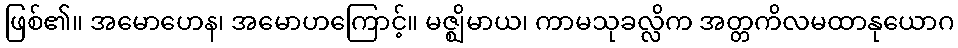
ဖြစ်၏။ အမောဟေန၊ အမောဟကြောင့်။ မဇ္ဈိမာယ၊ ကာမသုခလ္လိက အတ္တကိလမထာနုယောဂ